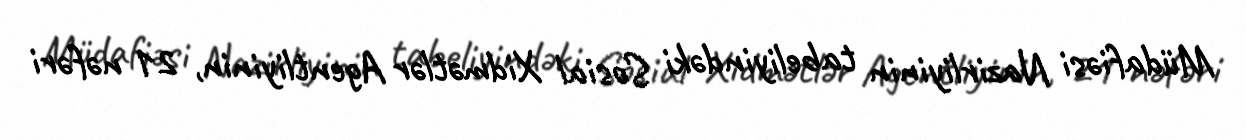
Müdafiəsi Nazirliyinin tabeliyindəki Sosial Xidmətlər Agentliyinin, 21 nəfəri